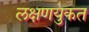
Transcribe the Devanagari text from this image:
लक्षणयुकत